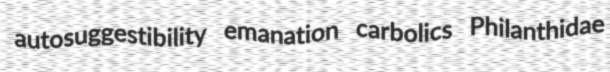
autosuggestibility emanation carbolics Philanthidae